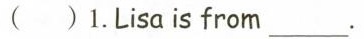
( )1.Lisa is from ___.